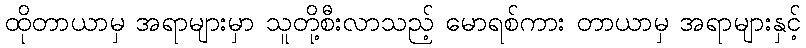
ထိုတာယာမှ အရာများမှာ သူတို့စီးလာသည့် မောရစ်ကား တာယာမှ အရာများနှင့်